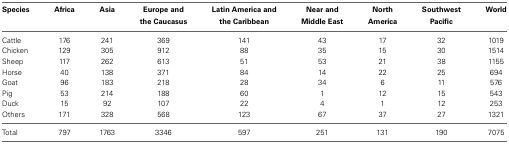
| Species | Africa | Asia | Europe and the Caucasus | Latin America and the Caribbean | Near and Middle East | North America | Southwest Pacific | World |
 | --- | --- | --- | --- | --- | --- | --- | --- | --- |
 | Cattle | 176 | 241 | 369 | 141 | 43 | 17 | 32 | 1019 |
 | Chicken | 129 | 305 | 912 | 88 | 35 | 15 | 30 | 1514 |
 | Sheep | 117 | 262 | 613 | 51 | 53 | 21 | 38 | 1155 |
 | Horse | 40 | 138 | 371 | 84 | 14 | 22 | 25 | 694 |
 | Goat | 96 | 183 | 218 | 28 | 34 | 6 | 11 | 576 |
 | Pig | 53 | 214 | 188 | 60 | 1 | 12 | 15 | 543 |
 | Duck | 15 | 92 | 107 | 22 | 4 | 1 | 12 | 253 |
 | Others | 171 | 328 | 568 | 123 | 67 | 37 | 27 | 1321 |
 | Total | 797 | 1763 | 3346 | 597 | 251 | 131 | 190 | 7075 |